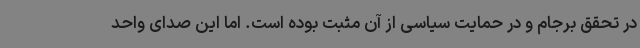
در تحقق برجام و در حمایت سیاسی از آن مثبت بوده است. اما این صدای واحد